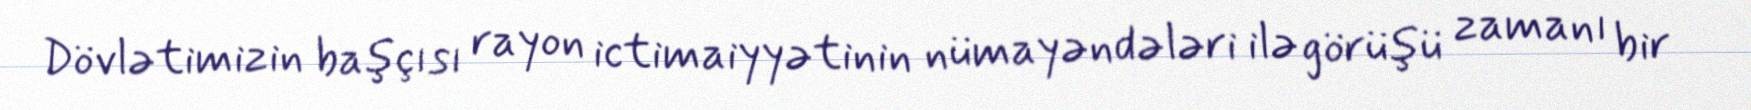
Dövlətimizin başçısı rayon ictimaiyyətinin nümayəndələri ilə görüşü zamanı bir